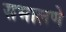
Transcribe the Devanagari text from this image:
सभालणे